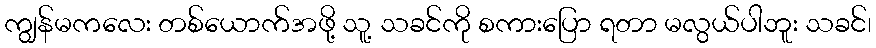
ကျွန်မကလေး တစ်ယောက်အဖို့ သူ့ သခင်ကို စကားပြော ရတာ မလွယ်ပါဘူး သခင်၊